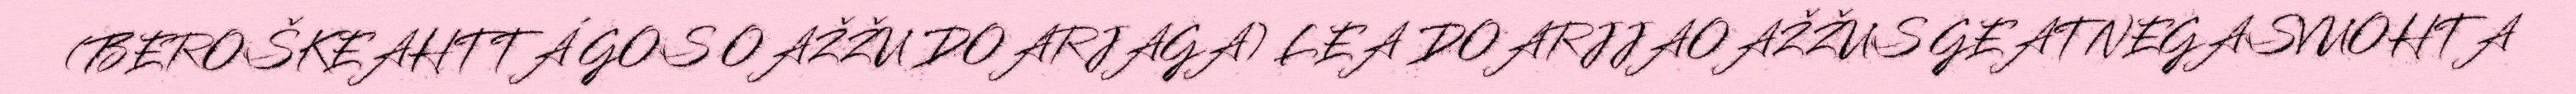
(BEROŠKEAHTTÁ GOS OAŽŽU DOARJAGA) LEA DOARJJAOAŽŽUS GEATNEGASVUOHTA